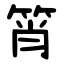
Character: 筲